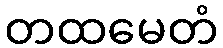
တထမေတံ